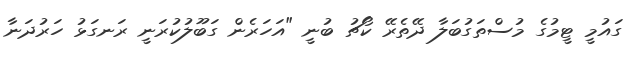
ގައުމީ ޓީމުގެ މުސްތަގުބަލާ ދޭތެރޭ ކޯޗު ބުނީ "އަހަރެން ގަބޫލުކުރަނީ ރަނގަޅު ހަރުދަނާ